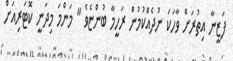
ފަޒީނާ އިތުރަށް ވާހަކަ ނުދެއްކުމުން ރަހީމާ ބުންޏެވެ " މަންމަ މިދަނީ ކޮޓަރިއަށް